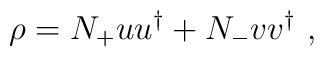
\rho = N_+ u u^{\dagger} + N_- v v^{\dagger} \ ,